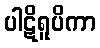
ပါဋိရူပိကာ